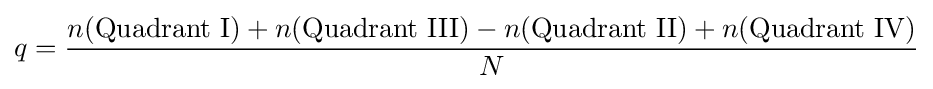
q={\frac {n({\text{Quadrant I}})+n({\text{Quadrant III}})-n({\text{Quadrant II}})+n({\text{Quadrant IV}})}{N}}